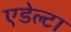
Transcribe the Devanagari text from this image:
एडेल्टा